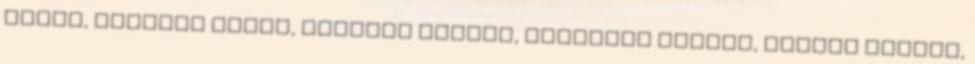
Henry, későbbi Henry, lőszert tároló, utókorra hagyva, lépést tettek,